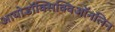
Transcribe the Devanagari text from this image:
आयोडॉक्सिक्विऑनलिन